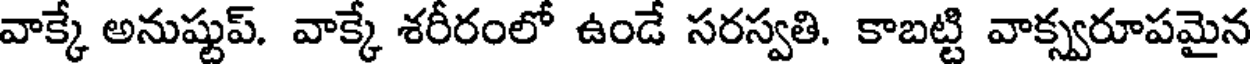
వాక్కే అనుష్టుప్. వాక్కే శరీరంలో ఉండే సరస్వతి. కాబట్టి వాక్స్వరూపమైన